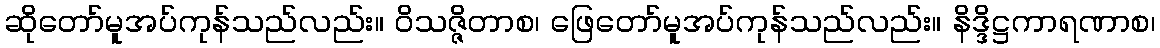
ဆိုတော်မူအပ်ကုန်သည်လည်း။ ဝိသဇ္ဇိတာစ၊ ဖြေတော်မူအပ်ကုန်သည်လည်း။ နိဒ္ဒိဋ္ဌကာရဏာစ၊